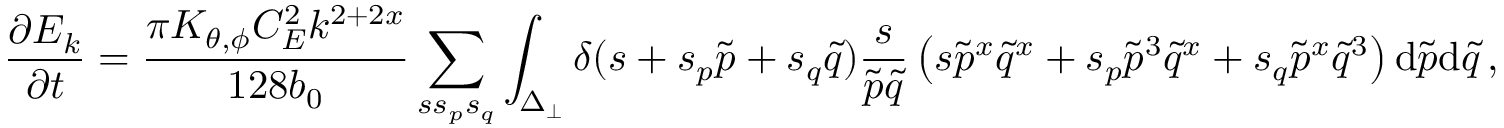
\frac { \partial E _ { k } } { \partial t } = \frac { \pi K _ { \theta , \phi } C _ { E } ^ { 2 } k ^ { 2 + 2 x } } { 1 2 8 b _ { 0 } } \sum _ { s s _ { p } s _ { q } } \int _ { \Delta _ { \perp } } \delta ( s + s _ { p } \tilde { p } + s _ { q } \tilde { q } ) \frac { s } { \tilde { p } \tilde { q } } \left( s { \tilde { p } } ^ { x } { \tilde { q } } ^ { x } + s _ { p } { \tilde { p } } ^ { 3 } { \tilde { q } } ^ { x } + s _ { q } { \tilde { p } } ^ { x } { \tilde { q } } ^ { 3 } \right) \mathrm { d } { \tilde { p } } \mathrm { d } { \tilde { q } } \, ,